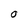
Character: O